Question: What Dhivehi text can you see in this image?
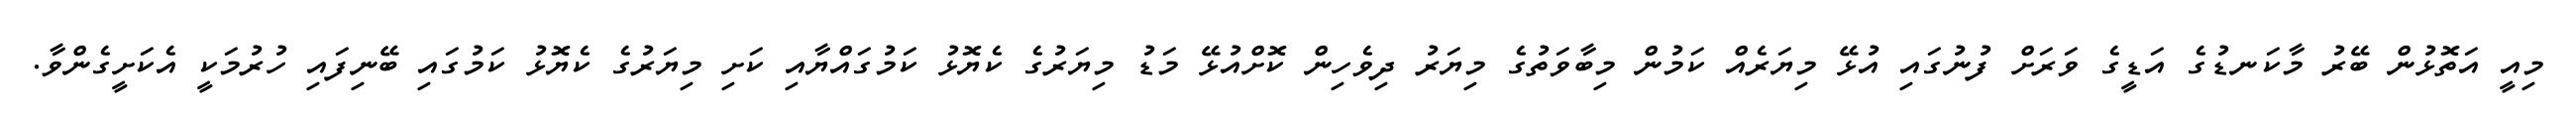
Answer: މިއީ އަތޮޅުން ބޭރު މާކަނޑުގެ އަޑީގެ ވަރަށް ފުނުގައި އުޅޭ މިޔަރެއް ކަމުން މިބާވަތުގެ މިޔަރު ދިވެހިން ކޮށްއުޅޭ މަޑު މިޔަރުގެ ކެޔޮޅު ކަމުގައްޔާއި ކަށި މިޔަރުގެ ކެޔޮޅު ކަމުގައި ބޭނިފައި ހުރުމަކީ އެކަށީގެންވާ.